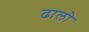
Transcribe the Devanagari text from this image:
ढालो